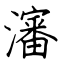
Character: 瀋